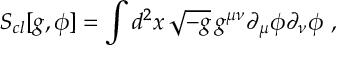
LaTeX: S _ { c l } [ g , \phi ] = \int d ^ { 2 } x \, \sqrt { - g } \, g ^ { \mu \nu } \partial _ { \mu } \phi \partial _ { \nu } \phi \ ,